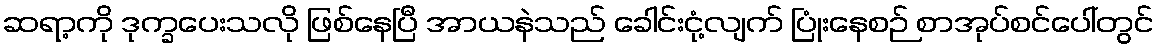
ဆရာ့ကို ဒုက္ခပေးသလို ဖြစ်နေပြီ အာယနဲသည် ခေါင်းငုံ့လျက် ပြုံးနေစဉ် စာအုပ်စင်ပေါ်တွင်